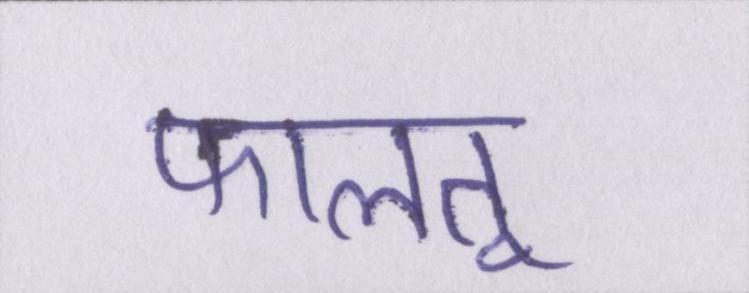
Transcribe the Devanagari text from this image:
फालतू